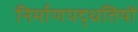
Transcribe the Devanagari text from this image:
निर्माणपद्धतियों